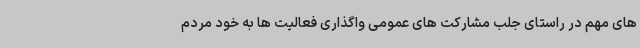
های مهم در راستای جلب مشارکت های عمومی واگذاری فعالیت ها به خود مردم